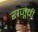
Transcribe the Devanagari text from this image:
राजूची